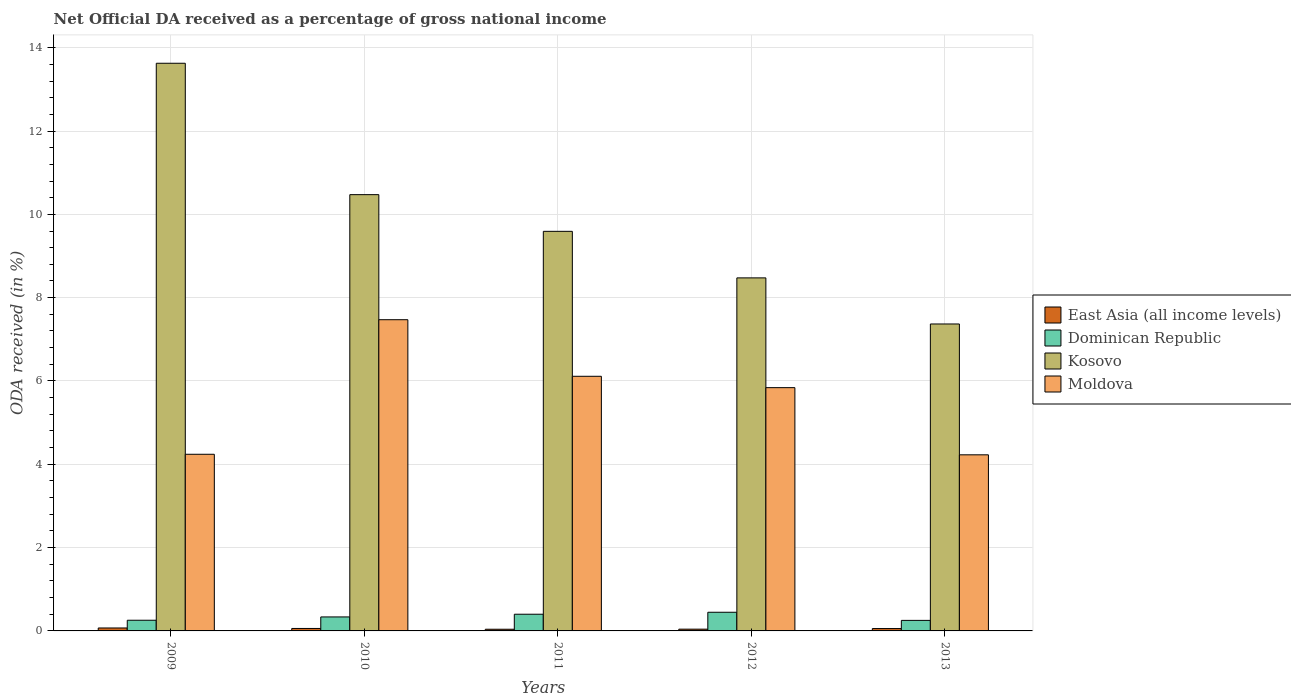
| Years | East Asia (all income levels) | Dominican Republic | Kosovo | Moldova |
 | --- | --- | --- | --- | --- |
 | 2009 | 0.0707 | 0.256 | 13.6 | 4.24 |
 | 2010 | 0.0589 | 0.336 | 10.5 | 7.47 |
 | 2011 | 0.0403 | 0.401 | 9.59 | 6.11 |
 | 2012 | 0.0424 | 0.448 | 8.47 | 5.84 |
 | 2013 | 0.0568 | 0.253 | 7.37 | 4.23 |